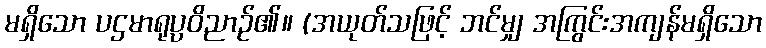
မရှိသော ပဌမာရုပ္ပဝိညာဉ်၏။ (အယုတ်သဖြင့် ဘင်မျှ အကြွင်းအကျန်မရှိသော